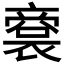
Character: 𠆘